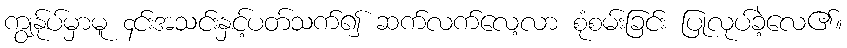
ကျွန်ုပ်မှာမူ ၄င်းအသင်းနှင့်ပတ်သက်၍ ဆက်လက်လေ့လာ စုံစမ်းခြင်း ပြုလုပ်ခဲ့လေ၏။